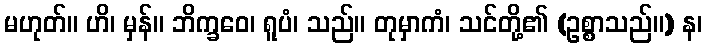
မဟုတ်။ ဟိ၊ မှန်။ ဘိက္ခဝေ၊ ရူပံ၊ သည်။ တုမှာကံ၊ သင်တို့၏ (ဥစ္စာသည်။) န၊